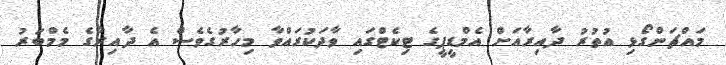
މައްޗަންގޯޅި އުތުރު ދާއިރާއަށް އެމްޑީޕީގެ ޓިކެޓްގައި ވާދަކުރައްވާ މިހާރުގެވެސް އެ ދާއިރާގެ މެމްބަރު